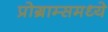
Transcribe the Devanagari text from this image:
प्रोग्राम्समध्ये